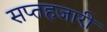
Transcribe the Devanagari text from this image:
सप्तहजारी